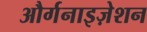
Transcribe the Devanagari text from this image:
और्गनाइज़ेशन